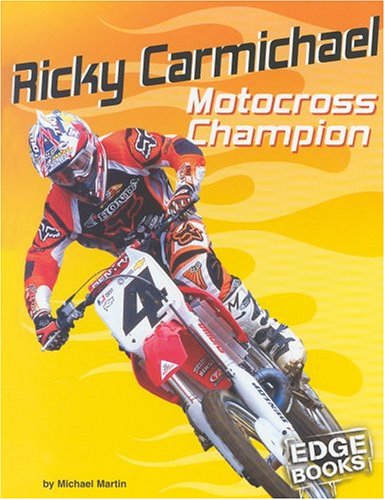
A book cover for Ricky Carmichael: Motocross Champion (Edge Books, Dirt Bikes); Michael Martin; Children's Books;